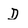
Character: D